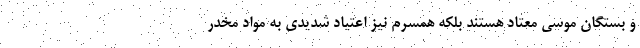
و بستگان موسی معتاد هستند بلکه همسرم نیز اعتیاد شدیدی به مواد مخدر